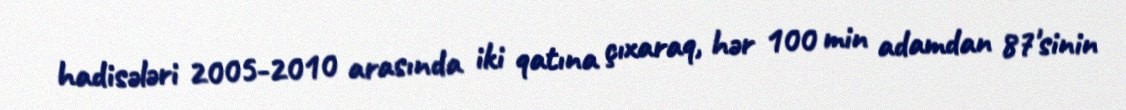
hadisələri 2005-2010 arasında iki qatına çıxaraq, hər 100 min adamdan 87'sinin